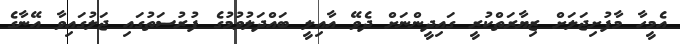
އެމީހާ މާފުށިޖަލަށް ޒިޔާރަތްކުރީ ގައިދީންނަށް ދެވޭ އާއިލީ ބައްދަލުވުމުގެ ފުރުސަތުގައި ޖަލުގައިވާ އޭނާގެ